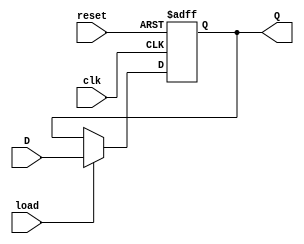
`timescale 1ns / 1ps
//***************************************************************//
//                                                               //
// Created by       Jesus Franco                                 //
// Copyright  2020 Jesus Franco on 10/13/2020 03:44:22 PM       //
//                                                               //
//                                                               //
// In submitting this file for class work at CSULB               //
// I am confirming that this is my work and the work             //
// of no one else. In submitting this code I acknowledge that    //
// plagiarism in student project work is subject to dismissal.   //
// from the class                                                //
// Dependencies:                                                 //
//***************************************************************//

module LoadReg_8bit(
    input clk,          // 100MHz clock
    input reset,        // Asynchronous reset with synchronous de-assertion
    input load,         // load enable for flop
    input [7:0] D,     // holding value
    output reg [7:0] Q // output value
    );

// Sequential logic
always@(posedge clk, posedge reset)
    if(reset)       // if reset
        Q <= 8'b0; // Q <= 0
    else if(load)   // else if load
        Q <= D;     // Q <= D
    else            // else
        Q <= Q;     // Q <= Q
        
endmodule